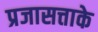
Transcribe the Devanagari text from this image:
प्रजासत्ताके